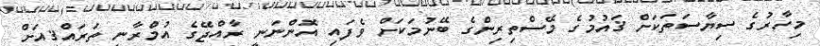
މިހާރުގެ ސިޔާސަތަކަށް ޤައުމުގެ މޭސްތިރިންގެ ބޭނުމަކަށް ވެފައި އޮންނަނީ ރާއްޖޭގެ އުމްރާނީ ތަރައްޤީއަަށް